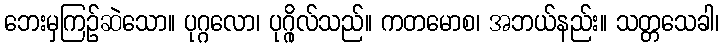
ဘေးမှကြဉ်ဆဲသော။ ပုဂ္ဂလော၊ ပုဂ္ဂိုလ်သည်။ ကတမောစ၊ အဘယ်နည်း။ သတ္တသေခါ၊